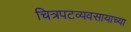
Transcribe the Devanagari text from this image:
चित्रपटव्यवसायाच्या